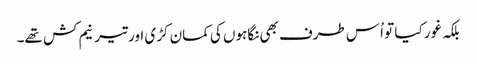
بلکہ غور کیا تو اُس طرف بھی نگاہوں کی کمان کڑی اور تیر نیم کش تھے۔